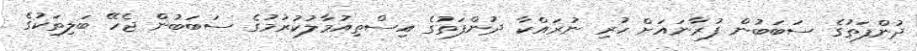
ދުންފަތުގެ ސަބަބުން ފުރާނައަށް ހުރި ނުރައްކާ ދުންފަތުގެ އިސްތިއުމާލުކުރުމުގެ ސަބަބުން ޖެހޭ ބަލިތަކުގެ